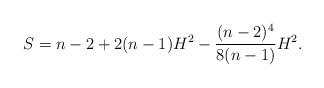
LaTeX: \begin{align*}S= n-2+ 2(n-1)H^2-\dfrac{(n-2)^4}{8(n-1)}H^2.\end{align*}